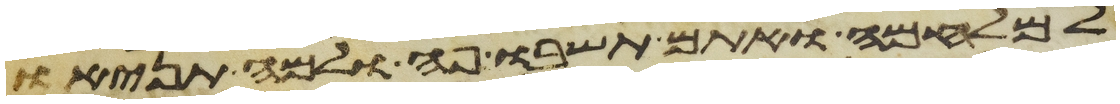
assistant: למלחמה ואתם תשבו פה ולמה תניאו